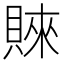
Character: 𧶛